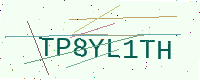
Text: TP8YL1TH